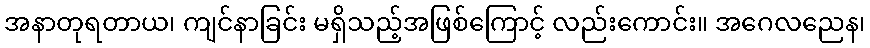
အနာတုရတာယ၊ ကျင်နာခြင်း မရှိသည့်အဖြစ်ကြောင့် လည်းကောင်း။ အဂေလညေန၊